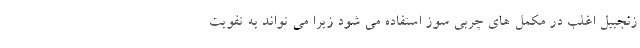
زنجبیل اغلب در مکمل های چربی سوز استفاده می شود زیرا می تواند به تقویت